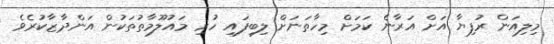
މިލިއަން ރުފިޔާ އަށް އަރާނެ ކަަމަށް މިހާތަނަށް ލިބިފައި ހުރި މައުލޫމާތުތަކުން އަންދާޒާކުރެވެ